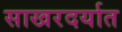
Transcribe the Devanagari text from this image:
साखरदर्यात